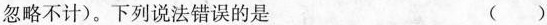
忽略不计)。下列说法错误的是 ( )